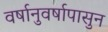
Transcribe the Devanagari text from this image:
वर्षानुवर्षापासुन